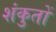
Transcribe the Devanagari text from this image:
शंकुतों